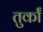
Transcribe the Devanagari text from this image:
तुर्कां